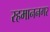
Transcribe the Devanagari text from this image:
रहमाननगर